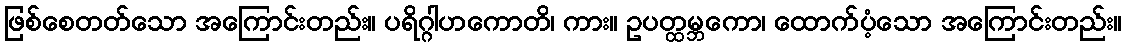
ဖြစ်စေတတ်သော အကြောင်းတည်း။ ပရိဂ္ဂါဟကောတိ၊ ကား။ ဥပတ္ထမ္ဘကော၊ ထောက်ပံ့သော အကြောင်းတည်း။